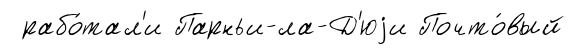
рабо́тал'и Парньи-ла-Д'юjи Почто́вый